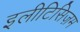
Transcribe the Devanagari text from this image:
इलीटिसिज़म